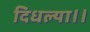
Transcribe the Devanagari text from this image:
दिधल्या।।